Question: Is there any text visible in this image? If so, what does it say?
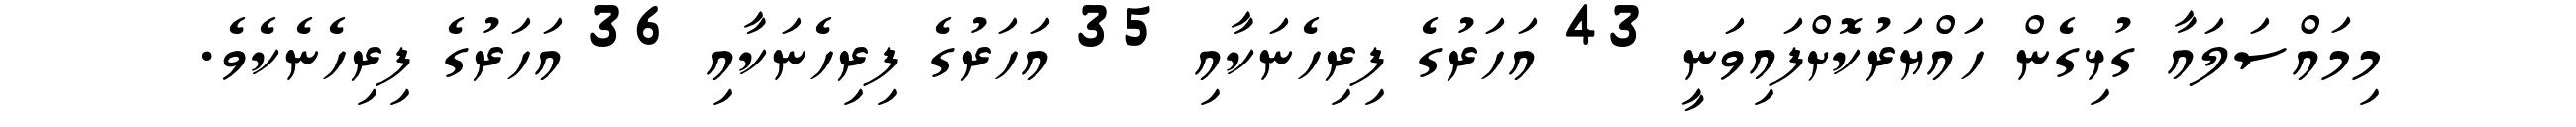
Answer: މިމައްސަލައާ ގުޅިގެން ހައްޔަރުކޮށްފައިވަނީ 43 އަހަރުގެ ފިރިހެނަކާއި 35 އަހަރުގެ ފިރިހެނަކާއި 36 އަހަރުގެ ފިރިހެނެކެވެ.